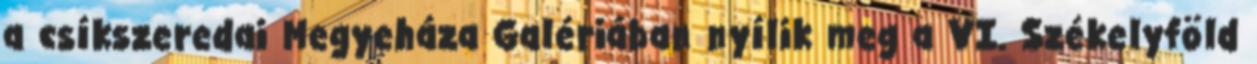
a csíkszeredai Megyeháza Galériában nyílik meg a VI. Székelyföld